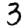
Digit: 3